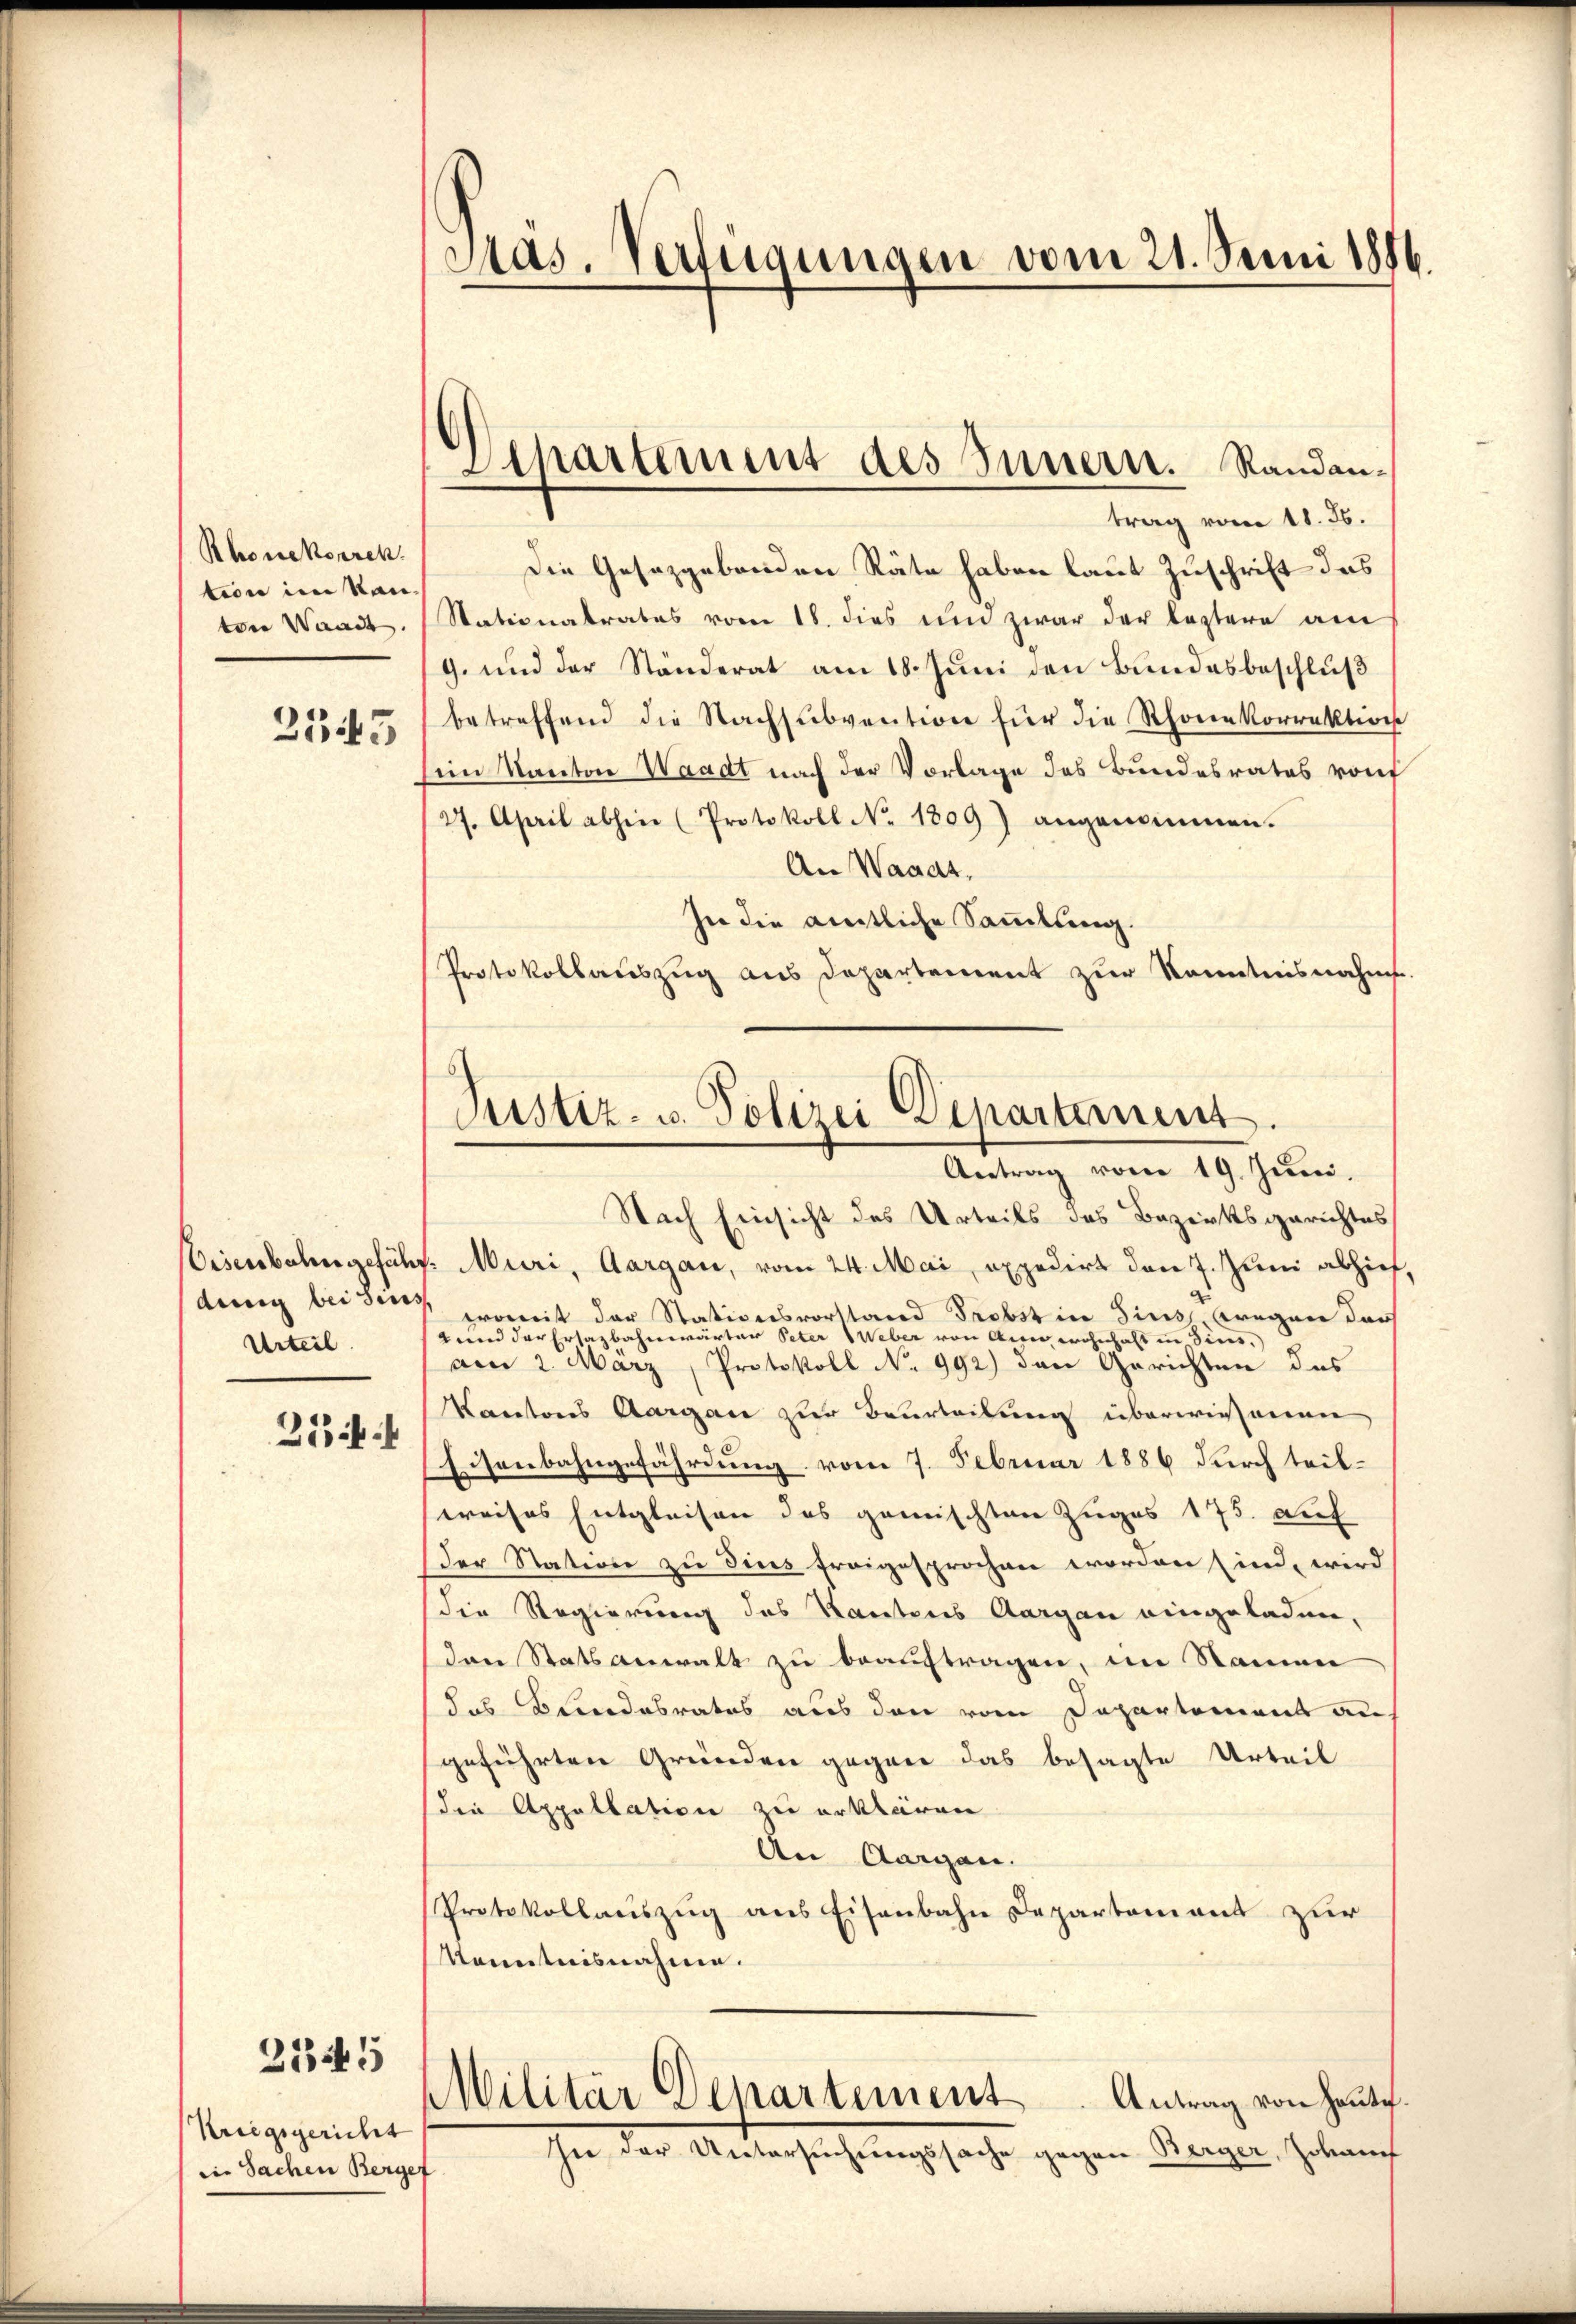
Rhonekorrek
tion im Kantven Wande
2345

Oisenbahngeführ
dung bei sins
Urteil
313 f 4

2345

Kriegsgericht
die Sachen Berger

Die Gesetzgebenden Räte haben laut Zuschrift das
Stationalrates vom 18. dies um zwar der leztere am
9. und der Ständerat am 18. Juni den Bundesbeschluß
betreffend die Nachsubvention für die Thone korrektion
sein Kanton Waadt nach der Vorlage des Bundesrates von
27. April abhin (Protokoll No 1809) angenommen.
An Waadt,
In die amtliche Sammlung.
Protokollauszug aus Departement zur Kenntnisnahms

Pas. Verfügungen vom 21. Juni 1886.

Departement des Innern. Randantrag vom 11. Js.

Pustiz- u. Polizei Departemens
Antrag vom 19. Juni.

Nach Einsicht des Urteils des Bezirksgerichtes
Muri, Aargau, vom 24. Mai expedirt den 7. Juni abzief,
womit der Stationsvorstand Probst in Zins, wegen darf
a und der Ersazbahnwärter Peter Weber von Auer wohnhaft in diens,
am 2. März, Protokoll No 992) dann Gerichten des
Kantons Aargau zur Beurteilung überwiesenen
Eisenbahngefährdung vom 7. Februar 1886 durch teil-
weises Entgleisen des gemischten Zuges 175. auf
Der Station zu dies fragesprochen worden sind, wird
die Regierung des Kantons Aargau eingeladen,
der Statsanwalt zu beauftragen, im Namen
das Bundesrates aus den vom Departement au
geführten Gründen gegene das besagte Urteil
die Appellation zu erklären.
An Aargau.
Protokollauszug aus Eisenbahn Departement zur
Menntnisnahme.
Militär Departement
Antrag von Heute.
In der Untersuchungssache gegen Berger, Johan